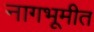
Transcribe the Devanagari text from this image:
नागभूमीत